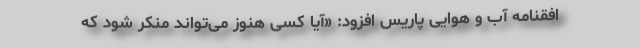
افقنامه آب و هوایی پاریس افزود: «آیا کسی هنوز می‌تواند منکر شود که